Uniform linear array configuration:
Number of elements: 8
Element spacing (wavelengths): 0.5
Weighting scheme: blackman
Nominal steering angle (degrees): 15
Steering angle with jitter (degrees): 13.746
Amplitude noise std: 0.05
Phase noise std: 0.05

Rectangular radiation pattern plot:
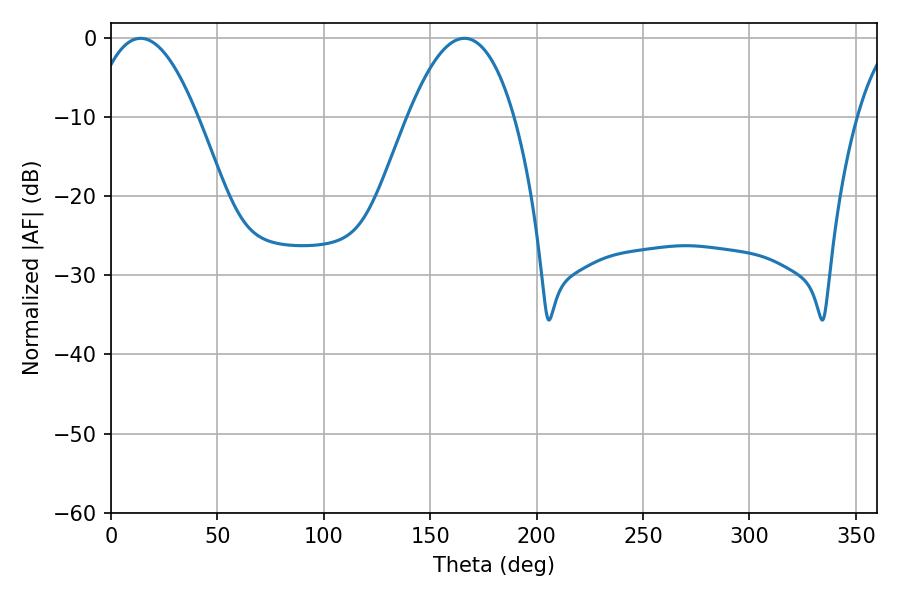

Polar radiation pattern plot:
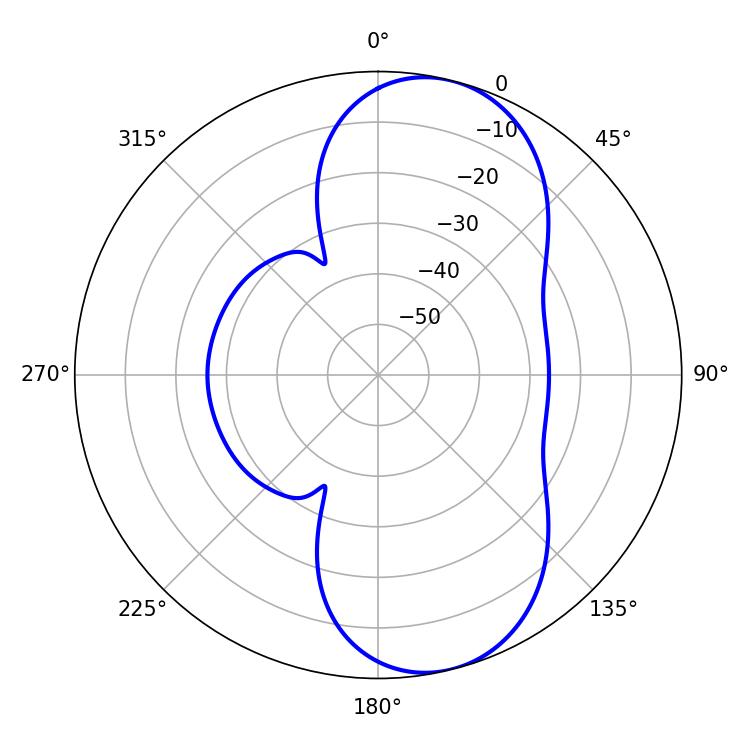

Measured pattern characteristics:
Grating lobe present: FALSE
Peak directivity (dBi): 8.793
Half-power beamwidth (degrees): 27.54
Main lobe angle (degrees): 13.86